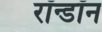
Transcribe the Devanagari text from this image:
रॉन्डॉन